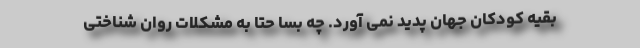
بقیه کودکان جهان پدید نمی آورد. چه بسا حتا به مشکلات روان شناختی